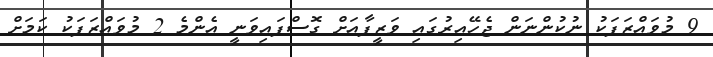
9 މުވައްޒަފަކު ނުކުންނަން ޖެހޭއިރުގައި ވަޒީފާއަށް ގޮސްފައިވަނީ އެންމެ 2 މުވައްޒަފަކު ކަމަށް